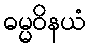
ဓမ္မဝိနယံ